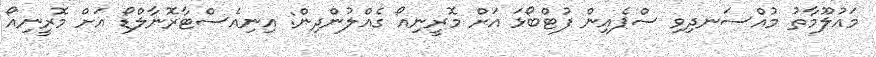
މައުލޫމާތު މުއްސަނދިވި ސްޕެއިން ފުޓްބޯޅަ އަށް މޮރީނިއޯ ގެއްލުންދިން: އިނިއެސްޓާރޮނާލްޑޯ އަށް މޮރީނިއޯ